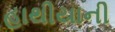
હાથીયાની